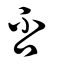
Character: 否